Document type: Sale
Year: 1451
Scribe: [Unknown]
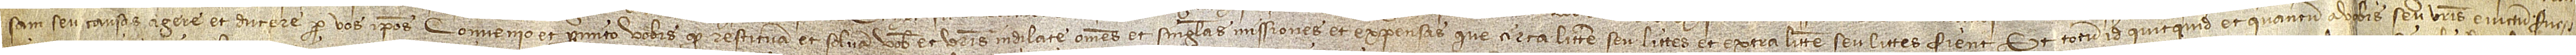
sam seu causas agere et ducere per vos ipsos, convenio et promito vobis quod restituam et solvam vobis et vestris indilate omnes et singulas missiones et expensas que circa littem seu littes et extra littem seu littes fient, et totum id quicquid et quantum a vobis seu vestris evictum fue-